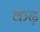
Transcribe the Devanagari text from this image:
कढ़